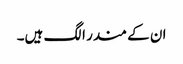
ان کے مندر الگ ہیں۔